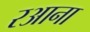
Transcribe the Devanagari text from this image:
रआना